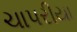
ચાપરીયા